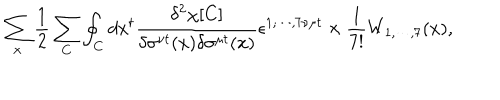
LaTeX: \sum _ { x } \frac { 1 } { 2 } \sum _ { C } \oint _ { C } d x ^ { t } \frac { \delta ^ { 2 } \chi [ C ] } { \delta \sigma ^ { \nu t } ( x ) \delta \sigma ^ { \mu t } ( x ) } \epsilon ^ { 1 , \cdots , 7 \nu \mu t } \times \frac { 1 } { 7 ! } W _ { 1 , \cdots , 7 } ( x ) ,